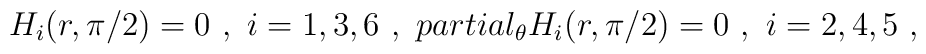
H_{i}(r,\pi/2)=0 \ , \ i=1,3,6 \ , \ \ \\partial_{\theta}H_{i}(r,\pi/2)=0 \ , \ i=2,4,5 \ ,